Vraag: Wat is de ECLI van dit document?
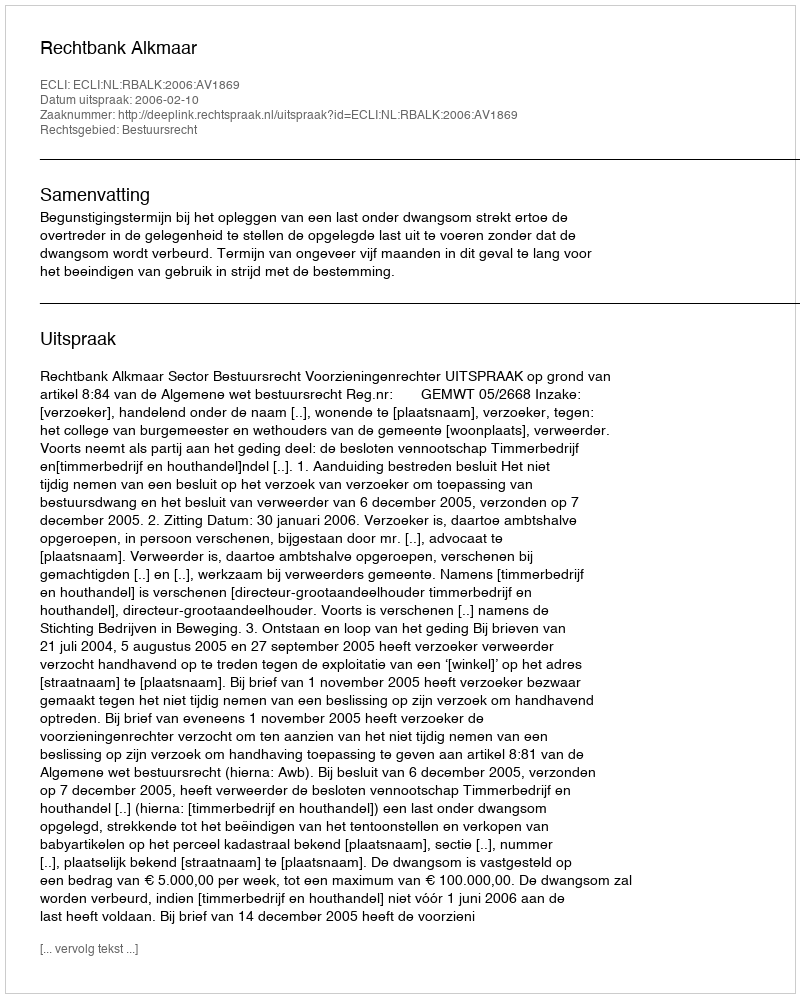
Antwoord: ECLI:NL:RBALK:2006:AV1869